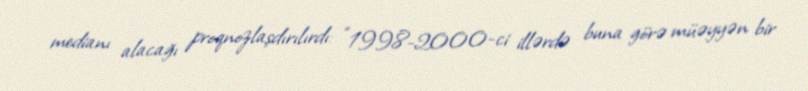
medianı alacağı proqnozlaşdırılırdı: “1998-2000-ci illərdə buna görə müəyyən bir